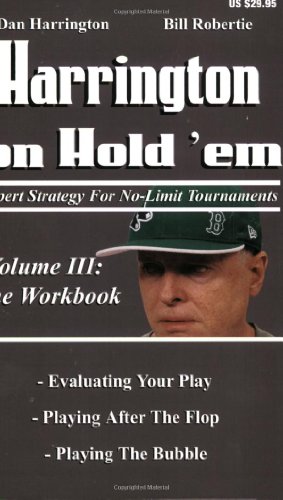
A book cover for Harrington on Hold 'em: Expert Strategies for No Limit Tournaments, Vol.  III--The Workbook; Dan Harrington; Humor & Entertainment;